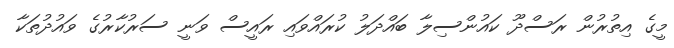
މީގެ އިތުރުން ރަސްދޫ ކައުންސިލާ ބައްދަލު ކުރައްވައި ރައީސް ވަނީ ސަރުކާރުގެ ވައުދުތަކާ